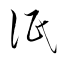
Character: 泯